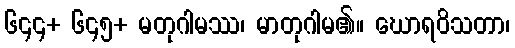
၆၄၄+ ၆၄၅+ မတုဂါမဿ၊ မာတုဂါမ၏။ ဃောရဝိသတာ၊